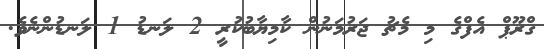
ގްރޫޕް އެފްގެ މި މެޗު ޖަރުމަނުން ކާމިޔާބުކުރީ 2 ލަނޑު 1 ލަނޑުންނެވެ.